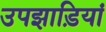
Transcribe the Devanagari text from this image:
उपझाड़ियां